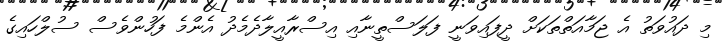
މި ދައުވަތު އެ ޖަމާއަތްތަކަށް ދީފައިވަނީ ފަލަސްތީނާއި އިސްރާއީލާދެމެދު އެންމެ ފަހުންވެސް ސުލްހައިގެ